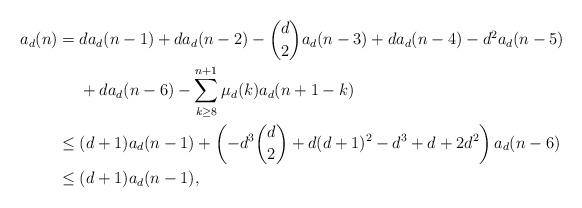
LaTeX: \begin{align*}a_d(n) ={}& da_d(n-1) + da_d(n-2) - \binom{d}{2}a_d(n-3)+ da_d(n-4) - d^2a_d(n-5) \\& + da_d(n-6) - \sum_{k \geq 8}^{n+1} \mu_d(k) a_d(n+1-k) \\\leq{}& (d+1)a_d(n-1) + \left( -d^3\binom{d}{2} + d(d+1)^2 - d^3 + d + 2d^2\right) a_d(n-6)\\\leq{}& (d+1)a_d(n-1),\end{align*}